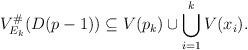
LaTeX: \begin{align*}V_{E_k}^\#(D(p-1))\subseteq V(p_k)\cup\bigcup_{i=1}^k V(x_i).\end{align*}